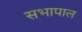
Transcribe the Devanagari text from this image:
सभापाल